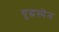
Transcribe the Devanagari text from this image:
युद्धस्पेन